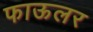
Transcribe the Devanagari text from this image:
फाऊलर